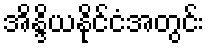
အိန္ဒိယနိုင်ငံအတွင်း